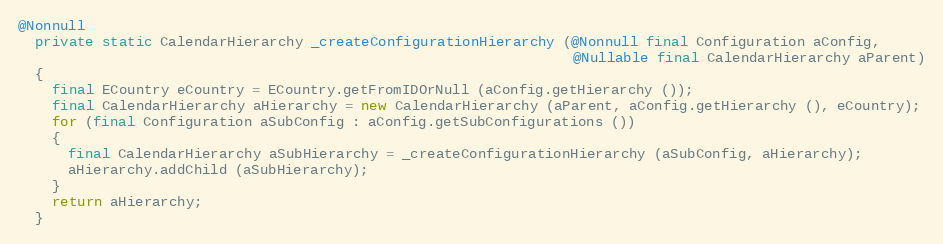
Language: Java
@Nonnull
  private static CalendarHierarchy _createConfigurationHierarchy (@Nonnull final Configuration aConfig,
                                                                  @Nullable final CalendarHierarchy aParent)
  {
    final ECountry eCountry = ECountry.getFromIDOrNull (aConfig.getHierarchy ());
    final CalendarHierarchy aHierarchy = new CalendarHierarchy (aParent, aConfig.getHierarchy (), eCountry);
    for (final Configuration aSubConfig : aConfig.getSubConfigurations ())
    {
      final CalendarHierarchy aSubHierarchy = _createConfigurationHierarchy (aSubConfig, aHierarchy);
      aHierarchy.addChild (aSubHierarchy);
    }
    return aHierarchy;
  }